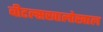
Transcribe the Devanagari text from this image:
बीटल्सखालोखाल